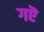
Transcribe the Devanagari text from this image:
गऎ